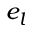
e _ { l }